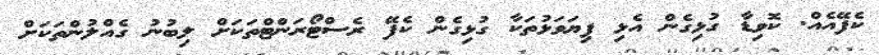
ކެފޭއެއް. ކޮވިޑާ ގުޅިގެން އެޅި ފިޔަވަޅުތަކާ ގުޅިގެން ކެފޭ ރެސްޓޯރަންޓްތަކަށް ލިބުނު ގެއްލުންތަކަށް